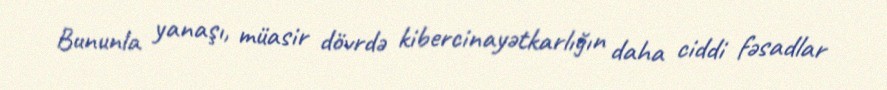
Bununla yanaşı, müasir dövrdə kibercinayətkarlığın daha ciddi fəsadlar